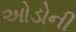
ઓડોની